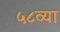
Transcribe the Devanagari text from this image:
५८व्या